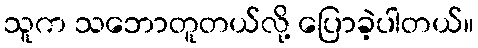
သူက သဘောတူတယ်လို့ ပြောခဲ့ပါတယ်။